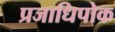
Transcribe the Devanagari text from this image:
प्रजाधिपोक